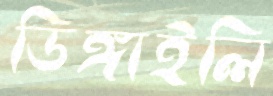
ডিঙ্গাইলি